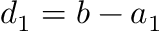
d _ { 1 } = b - a _ { 1 }